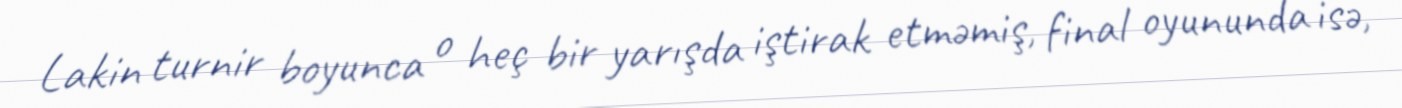
Lakin turnir boyunca o heç bir yarışda iştirak etməmiş, final oyununda isə,